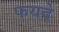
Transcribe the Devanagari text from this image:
फयदे